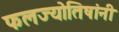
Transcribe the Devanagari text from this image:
फलज्योतिषांनी